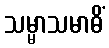
သမ္မာသမာဓိံ